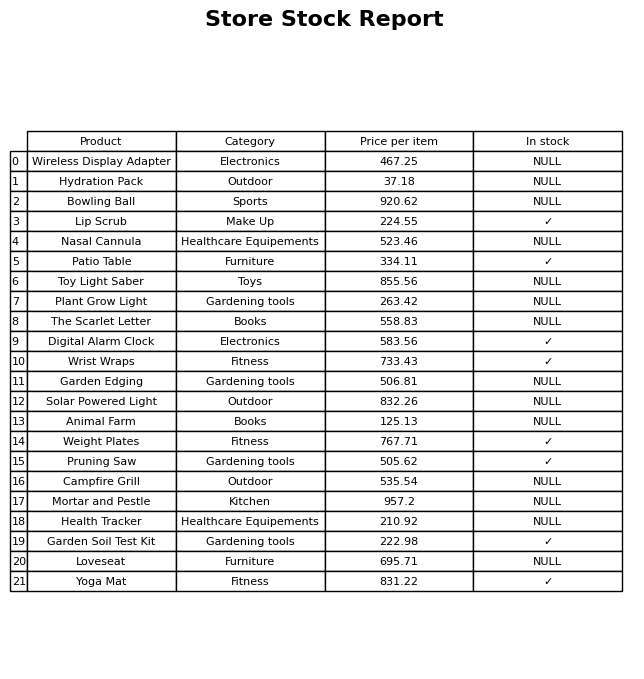
question: What is the price for Garden Soil Test Kit?
answer: The price of Garden Soil Test Kit is 222.98.